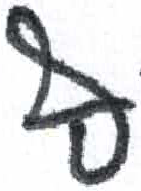
אות: ף